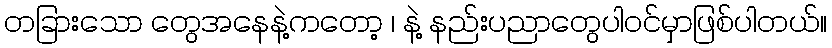
တခြားသော တွေအနေနဲ့ကတော့ ၊ နဲ့ နည်းပညာတွေပါဝင်မှာဖြစ်ပါတယ်။